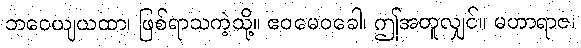
ဘဝေယျယထာ၊ ဖြစ်ရာသကဲ့သို့။ ဧဝမေဝခေါ၊ ဤအတူလျှင်။ မဟာရာဇ၊